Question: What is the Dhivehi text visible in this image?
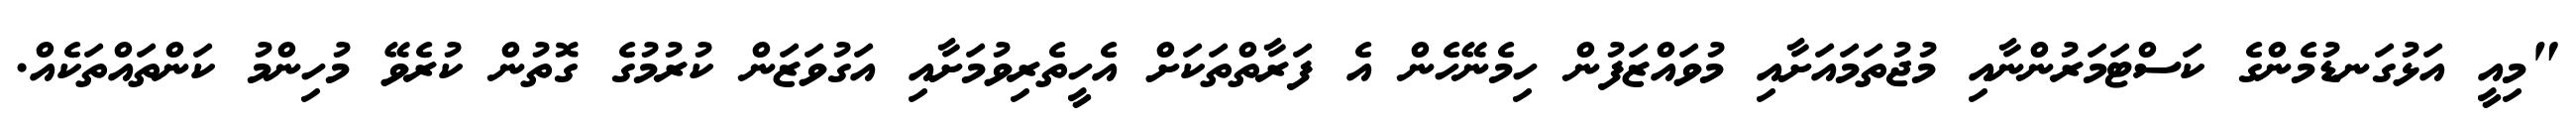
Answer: "މިއީ އަޅުގަނޑުމެންގެ ކަސްޓަމަރުންނާއި މުޖުތަމައަށާއި މުވައްޒަފުން ހިމެނޭހެން އެ ފަރާތްތަކަށް އެހީތެރިވުމަށާއި އަގުވަޒަން ކުރުމުގެ ގޮތުން ކުރެވޭ މުހިންމު ކަންތައްތަކެއް.